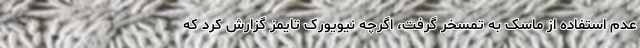
عدم استفاده از ماسک به تمسخر گرفت، اگرچه نیویورک تایمز گزارش کرد که